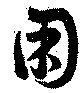
困